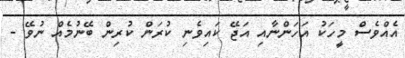
އެއްވެސް މީހަކު އަހަންނާއި އަޖޭ ކައިވެނި ކުރަން ކުރިން ބޭނުމެއް ނުވޭ -